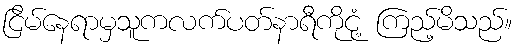
ငြိမ်နေရာမှသူကလက်ပတ်နာရီကိုငုံ့ ကြည့်မိသည်။